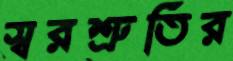
স্বরশ্রুতির